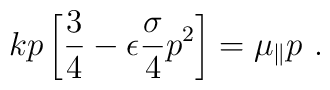
kp \left[ {3\over 4} -\epsilon {\sigma \over 4} p^2 \right]            =  \mu_\parallel p\ .